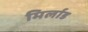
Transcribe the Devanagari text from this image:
मिर्लाड